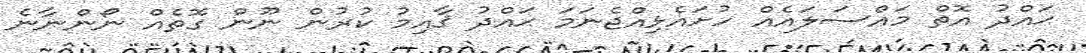
ޙައްދު އޮތް މައްސަލައެއް ހުށައެޅިއްޖެނަމަ ޙައްދު ޤާއިމު ކުރުން ނޫން ގޮތެއް ނޯންނާނެ